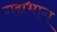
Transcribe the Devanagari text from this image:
गद्यभाग